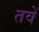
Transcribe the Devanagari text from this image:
तवें